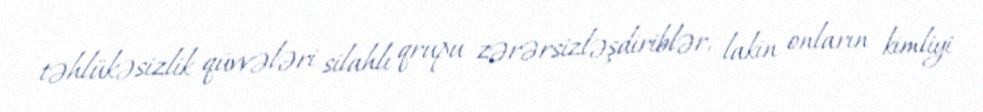
təhlükəsizlik qüvvələri silahlı qrupu zərərsizləşdiriblər, lakin onların kimliyi